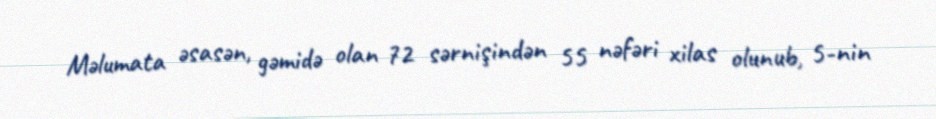
Məlumata əsasən, gəmidə olan 72 sərnişindən 55 nəfəri xilas olunub, 5-nin